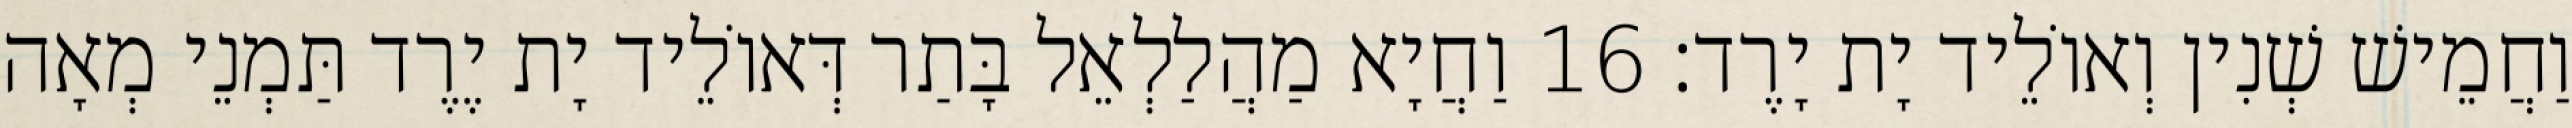
וַחֲמֵישׁ שְׁנִין וְאוֹלֵיד יָת יָרֶד׃ 16 וַחֲיָא מַהֲלַלְאֵל בָּתַר דְּאוֹלֵיד יָת יֶרֶד תַּמְנֵי מְאָה